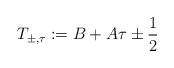
LaTeX: \begin{align*}T_{\pm,\tau}:=B+A\tau\pm \frac12\end{align*}